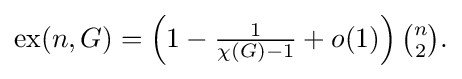
{\textstyle \operatorname {ex} (n,G)=\left(1-{\frac {1}{\chi (G)-1}}+o(1)\right){\binom {n}{2}}.}